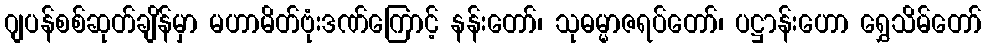
ဂျပန်စစ်ဆုတ်ချိန်မှာ မဟာမိတ်ဗုံးဒဏ်ကြောင့် နန်းတော်၊ သုဓမ္မာဇရပ်တော်၊ ပဋ္ဌာန်းဟော ရွှေသိမ်တော်